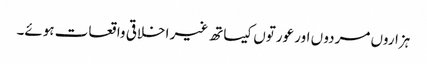
ہزاروں مردو ں اور عورتوں کیساتھ غیر اخلاقی واقعات ہوئے۔